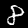
Digit: 8